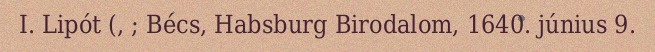
I. Lipót (, ; Bécs, Habsburg Birodalom, 1640. június 9.